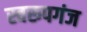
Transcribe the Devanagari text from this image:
स्वरूपगंज